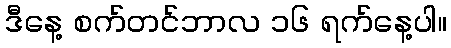
ဒီနေ့ စက်တင်ဘာလ ၁၆ ရက်နေ့ပါ။